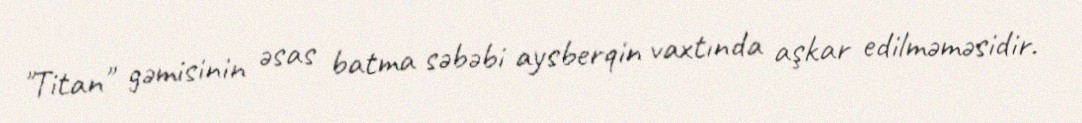
"Titan" gəmisinin əsas batma səbəbi aysberqin vaxtında aşkar edilməməsidir.